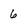
Character: 6